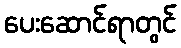
ပေးဆောင်ရာတွင်